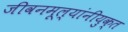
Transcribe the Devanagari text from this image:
जीवनमूल्यांनीयुक्त